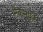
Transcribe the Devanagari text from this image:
मैकमर्फी